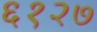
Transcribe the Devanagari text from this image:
६१२७